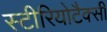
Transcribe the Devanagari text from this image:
स्टीरियोटैक्सी